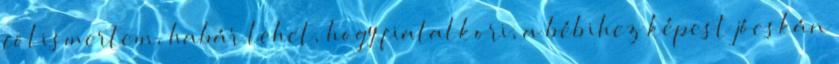
fölismertem, habár lehet, hogy fiatalkori, a bébihez képest jócskán